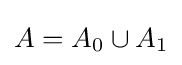
A=A_{0}\cup A_{1}